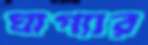
ঘাগ্যার